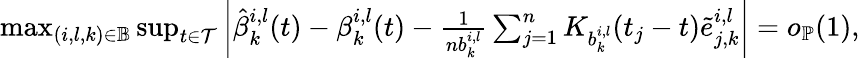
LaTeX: \begin{array}{r}{\operatorname*{max}_{(i,l,k)\in\mathbb{B}}\operatorname*{sup}_{t\in\mathcal{T}}\left|\hat{\beta}_{k}^{i,l}(t)-\beta_{k}^{i,l}(t)-\frac{1}{nb_{k}^{i,l}}\sum_{j=1}^{n}K_{b_{k}^{i,l}}(t_{j}-t)\tilde{e}_{j,k}^{i,l}\right|=o_{\mathbb{P}}(1),}\end{array}